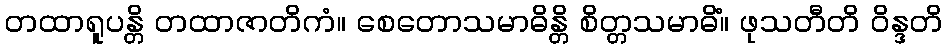
တထာရူပန္တိ တထာဇာတိကံ။ စေတောသမာဓိန္တိ စိတ္တသမာဓိံ။ ဖုသတီတိ ဝိန္ဒတိ